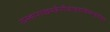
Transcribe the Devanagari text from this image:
तत्स्थानाच्छनकैर्नीत्वाकदाचिज्जाह्नवीजले